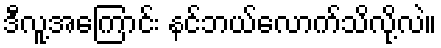
ဒီလူ့အကြောင်း နင်ဘယ်လောက်သိလို့လဲ။